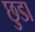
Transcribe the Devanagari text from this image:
छ़ुडा